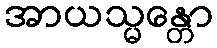
အာယသ္မန္တော